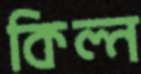
কিল্ন